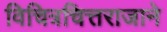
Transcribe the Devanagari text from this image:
विचित्रचित्तराजाने